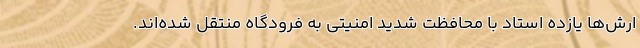
ارش‌ها یازده استاد با محافظت شدید امنیتی به فرودگاه منتقل شده‌اند.